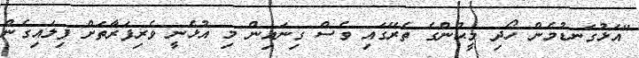
"އަޅުގަނޑުމެން ހޯދި މީޙުންގެ ތެރޭގައި ވެސް ގިނައިން މި އުޅެނީ ވެރިފަރާތަށް ފިލައިގެން